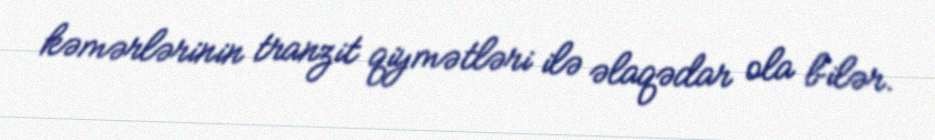
kəmərlərinin tranzit qiymətləri ilə əlaqədar ola bilər.